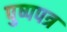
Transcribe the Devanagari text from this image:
पुष्पपत्र